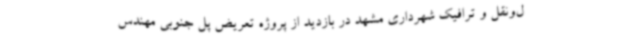
ل‌ونقل و ترافیک شهرداری مشهد در بازدید از پروژه تعریض پل جنوبی مهندس